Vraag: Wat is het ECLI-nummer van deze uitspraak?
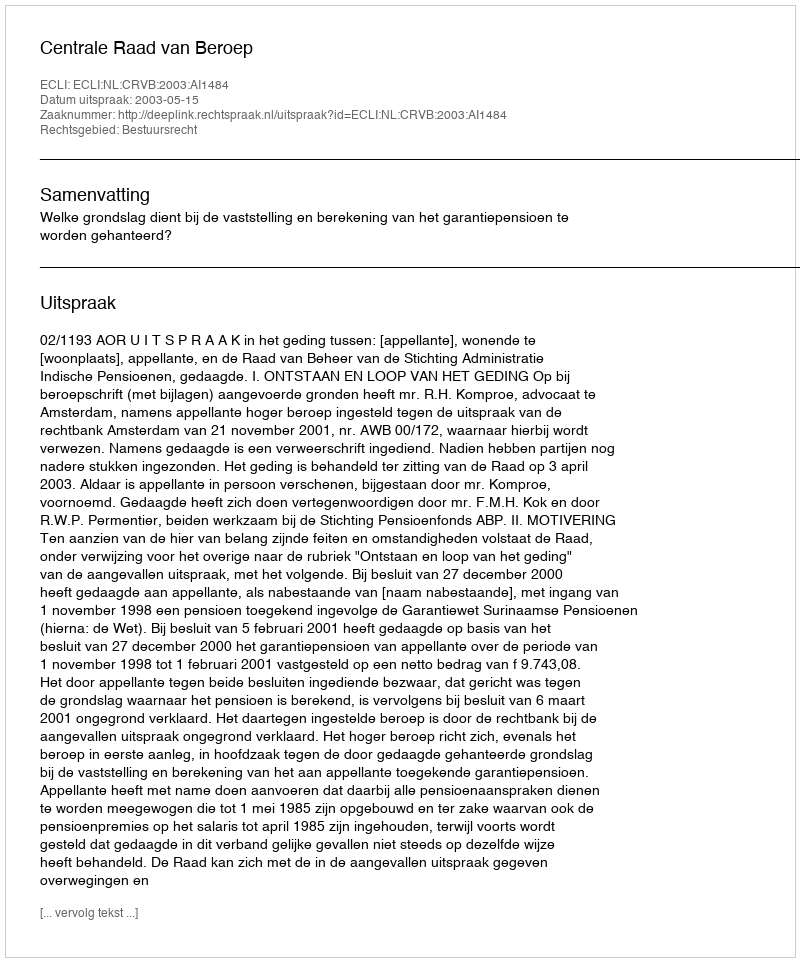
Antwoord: ECLI:NL:CRVB:2003:AI1484